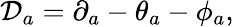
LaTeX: \mathcal{D}_{a}=\partial_{a}-\theta_{a}-\phi_{a},